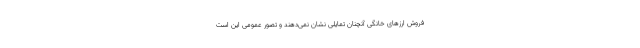
فروش ارزهای خانگی آنچنان تمایلی نشان نمی‌دهند و تصور عمومی این است